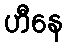
ဟီနေ